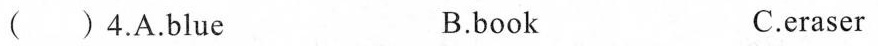
( ) 4.A.Blue B.book C.eraser